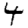
Digit: 4